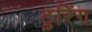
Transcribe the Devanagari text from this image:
टुरिंग